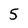
Character: 5